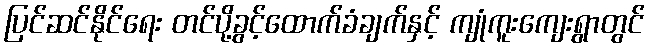
ပြင်ဆင်နိုင်ရေး တင်ပို့ခွင့်ထောက်ခံချက်နှင့် ကျုံကူးကျေးရွာတွင်